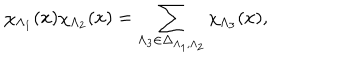
\chi _ { \Lambda _ { 1 } } ( x ) \chi _ { \Lambda _ { 2 } } ( x ) = \sum _ { \Lambda _ { 3 } \in \Delta _ { \Lambda _ { 1 } , \Lambda _ { 2 } } } \chi _ { \Lambda _ { 3 } } ( x ) ,